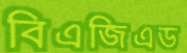
বিএজিএড